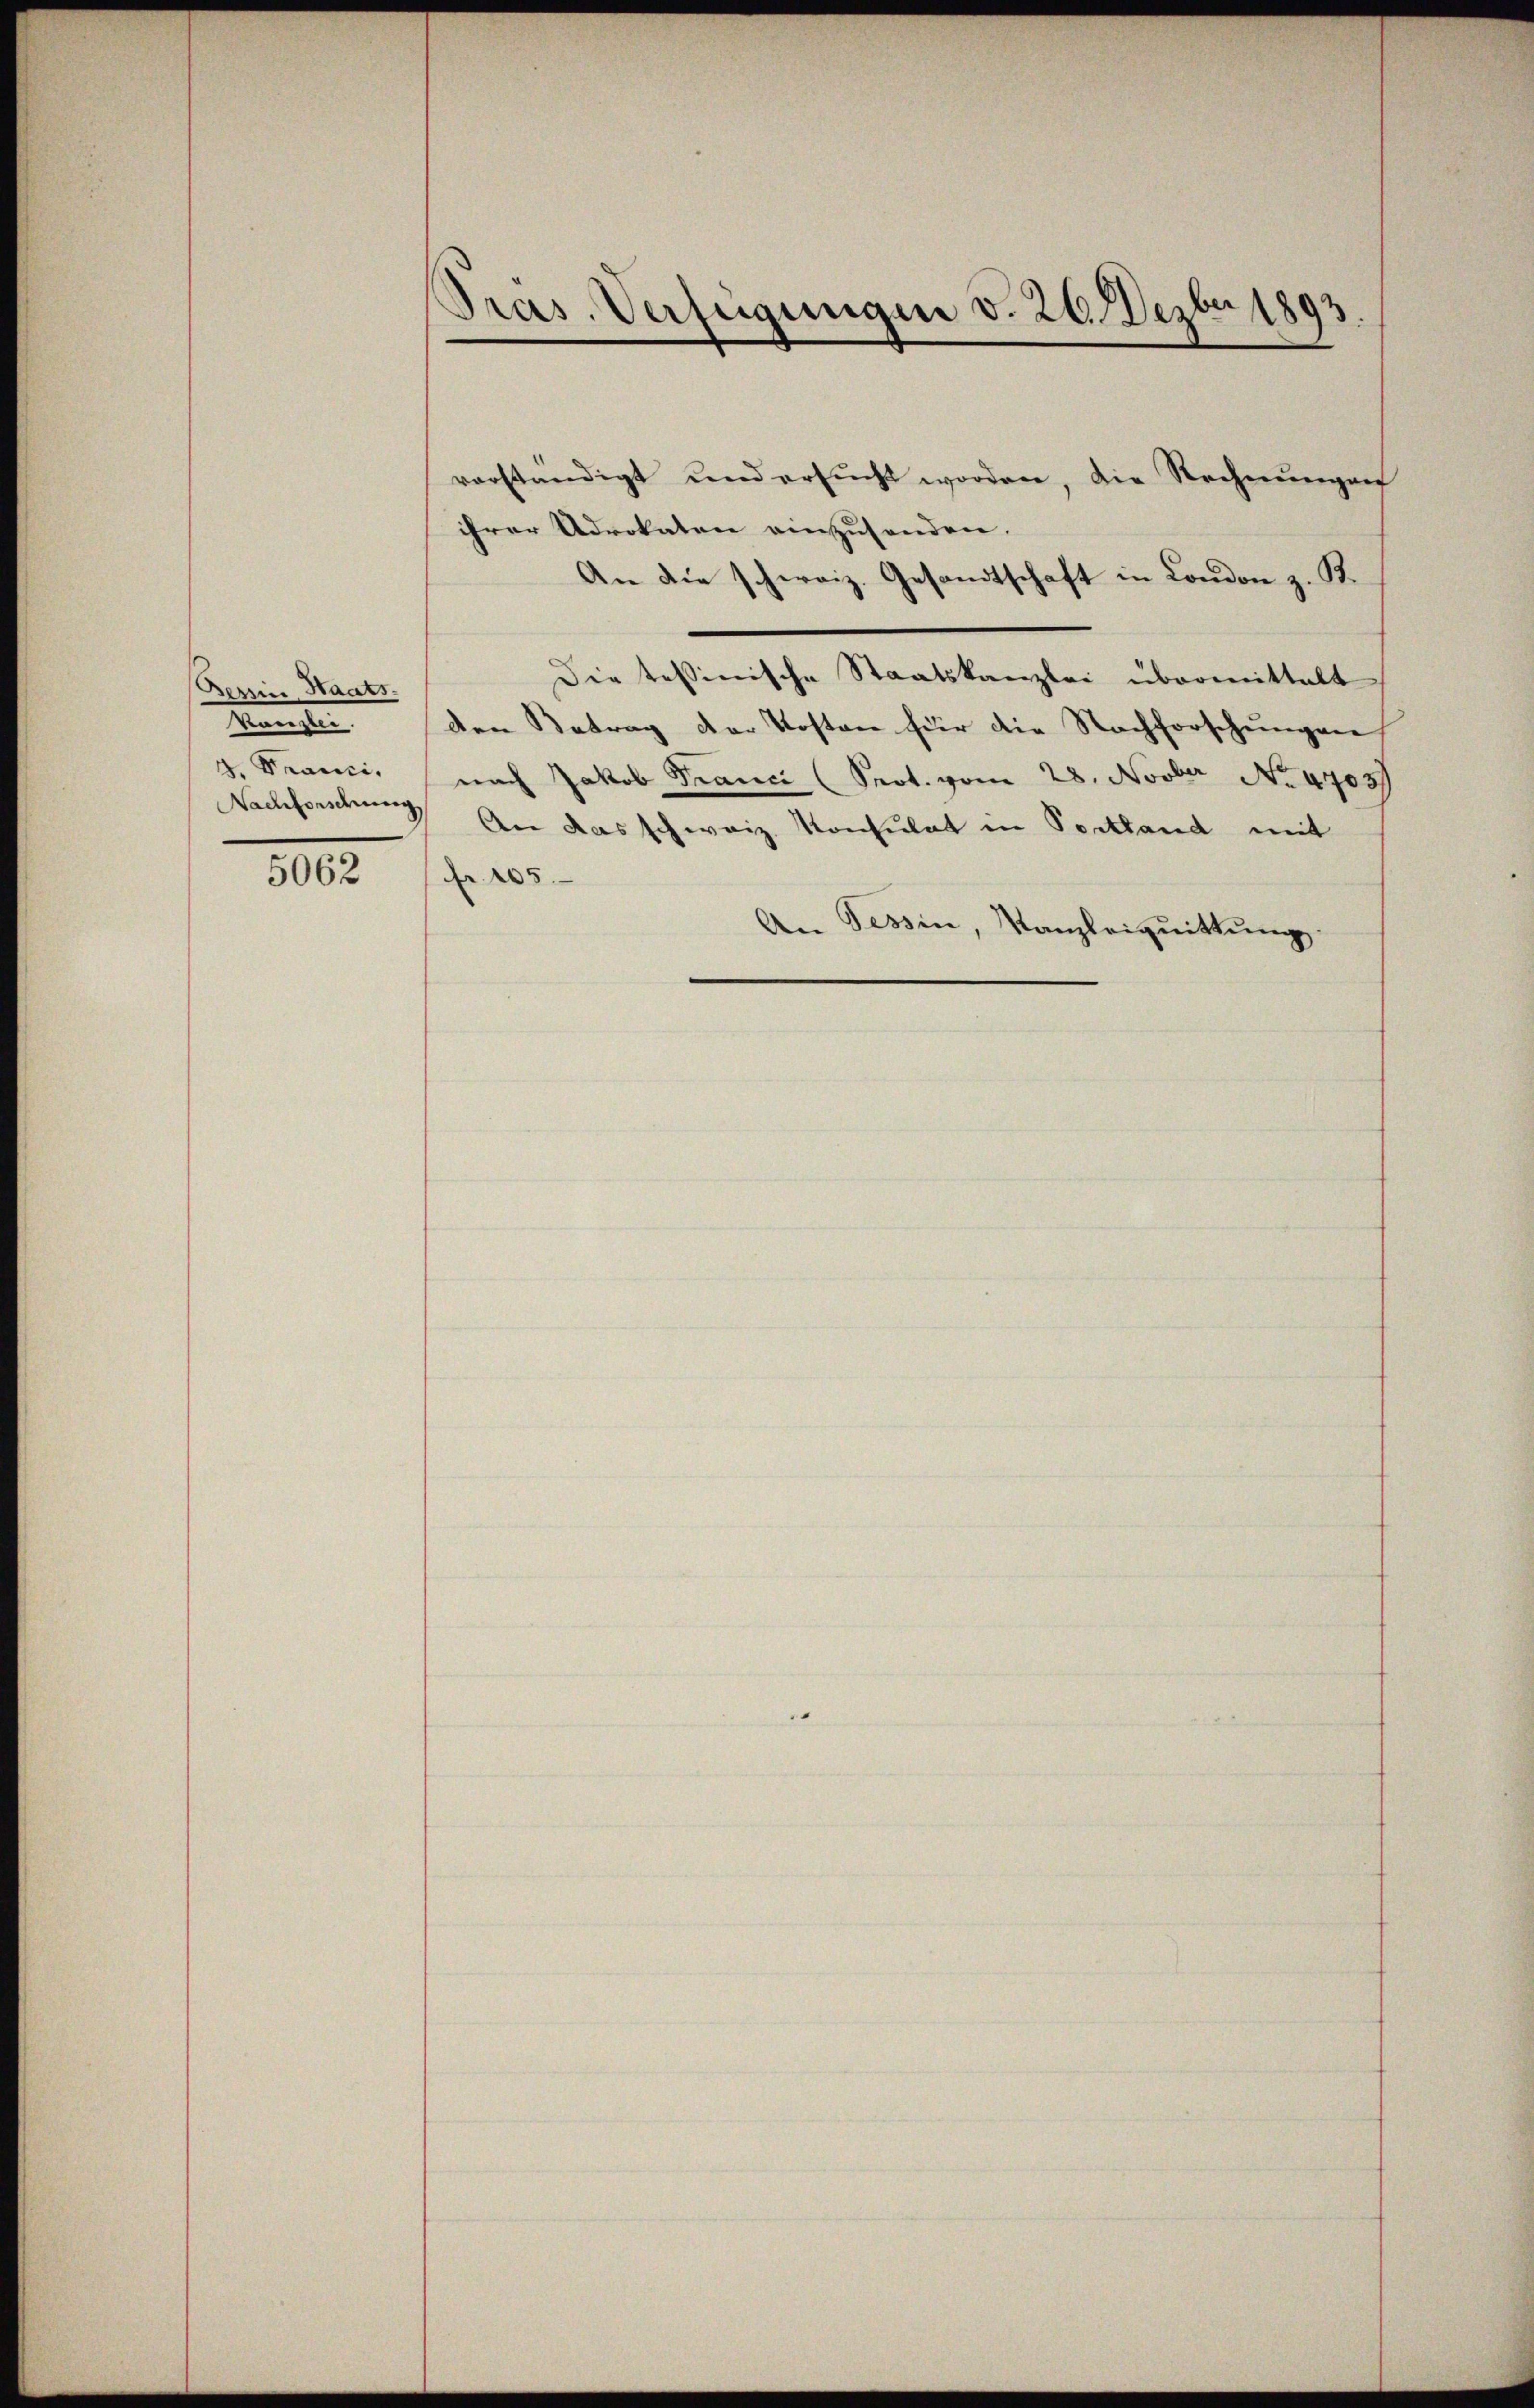
Berrin Haats
Mangen
4. Kranci¬
Nachforschung

5062

Präs. Verfügungen v. 26. Dezbr 1893

vorständigt und ersŭcht worden, die Rechnŭngen
ihrer Advokaten einzusenden.
An die schweiz. Gesandtschaft in London z. B.
Die tessinische Staatskanzlei übermittelt
den Betrag der Kosten für die Nachforschungen
nach Jakob Franci (Prot. vom 28. Novber No. 4703
 An das schweiz. Konsulat in Portland mit
fr. 105.
An Tessin, Kanzleiquittung